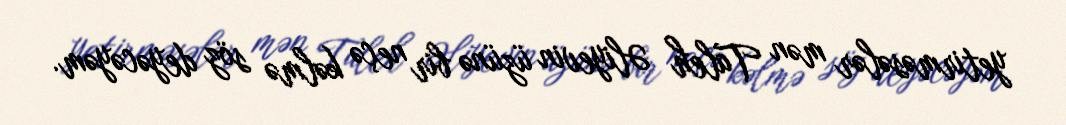
yetirməsələr mən Taleh Əliyevin üzünə bir neçə kəlmə söz deyəcəyəm.